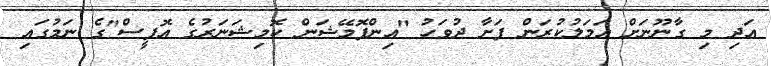
އަދި މި ގާނޫނަށް އަމަލުކުރަން ފަށާ ދުވަހު "އިންފޮމޭޝަން ކޮމިޝަނަރުގެ އޮފީސް"ގެ ނަމުގައި